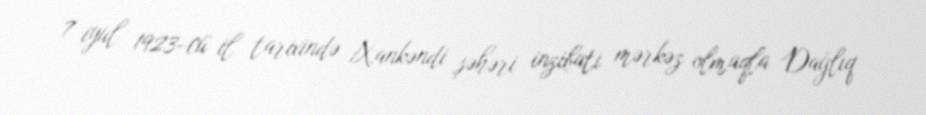
7 iyul 1923-cü il tarixində Xankəndi şəhəri inzibati mərkəz olmaqla Dağlıq